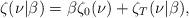
LaTeX: \begin{align*}\zeta(\nu|\beta)=\beta\zeta_0(\nu)+\zeta_T(\nu|\beta),\end{align*}